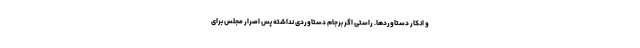
و انکار دستاوردها. راستی اگر برجام دستاوردی نداشته پس اصرار مجلس برای